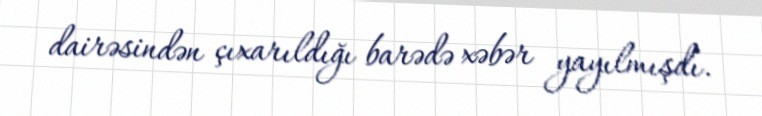
dairəsindən çıxarıldığı barədə xəbər yayılmışdı.